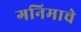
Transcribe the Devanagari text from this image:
गनिमाचे